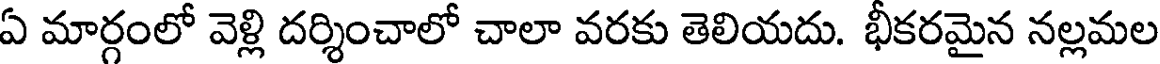
ఏ మార్గంలో వెళ్లి దర్శించాలో చాలా వరకు తెలియదు. భీకరమైన నల్లమల